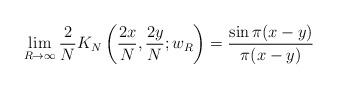
LaTeX: \begin{align*}\lim_{R\to\infty}\frac{2}{N}K_N\left(\frac{2x}{N},\frac{2y}{N};w_R\right)=\frac{\sin \pi (x-y)}{\pi(x-y)} \end{align*}